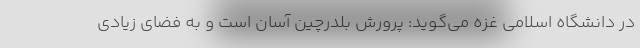
در دانشگاه اسلامی غزه می‌گوید: پرورش بلدرچین آسان است و به فضای زیادی